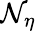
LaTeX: \mathcal{N}_{\eta}